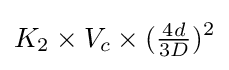
K_{2}\times V_{c}\times ({\tfrac {4d}{3D}})^{2}